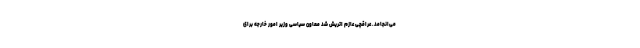
می‌انجامد. عراقچی عازم اتریش شد معاون سیاسی وزیر امور خارجه برای